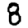
Digit: 8